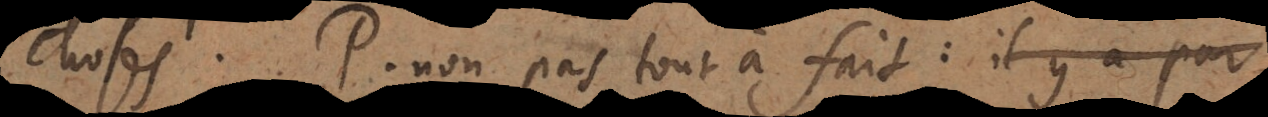
choses. P. Non pas tout à fait: Il y a par